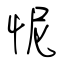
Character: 怩